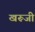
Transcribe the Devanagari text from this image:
खरूजी